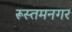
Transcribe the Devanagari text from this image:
रूस्तमनगर